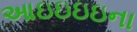
આઇઇઇઇના